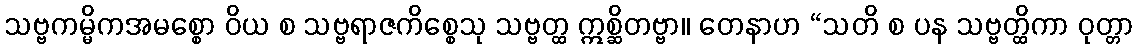
သဗ္ဗကမ္မိကအမစ္စော ဝိယ စ သဗ္ဗရာဇကိစ္စေသု သဗ္ဗတ္ထ ဣစ္ဆိတဗ္ဗာ။ တေနာဟ “သတိ စ ပန သဗ္ဗတ္ထိကာ ဝုတ္တာ